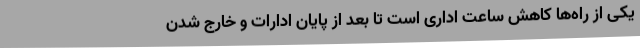
یکی از راه‌ها کاهش ساعت اداری است تا بعد از پایان ادارات و خارج شدن